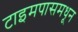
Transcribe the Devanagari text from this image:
टाइमपासमधून